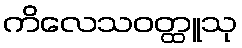
ကိလေသဝတ္ထူသု